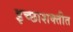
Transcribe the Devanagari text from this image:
इच्छाशक्तीत